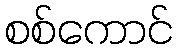
စစ်ကောင်